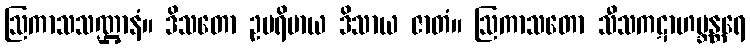
ဩကာသသဏ္ဌာနံ။ ဒိသတော ဥပရိမာယ ဒိသာယ ဇာတံ။ ဩကာသတော သီသကဋာဟဗ္ဘန္တရေ